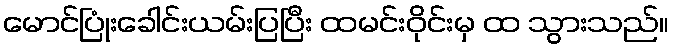
မောင်ပြုံးခေါင်းယမ်းပြပြီး ထမင်းဝိုင်းမှ ထ သွားသည်။